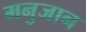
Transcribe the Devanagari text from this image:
मनुजान